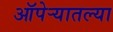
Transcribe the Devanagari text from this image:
ऑपेऱ्यातल्या